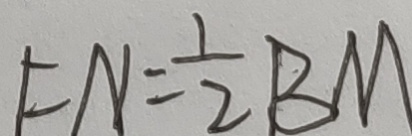
F N = \frac { 1 } { 2 } B M